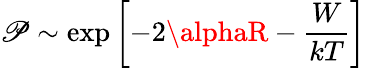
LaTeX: \mathscr{P}\sim\exp\left[-2\alphaR-{\frac{{W}}{{kT}}}\right]